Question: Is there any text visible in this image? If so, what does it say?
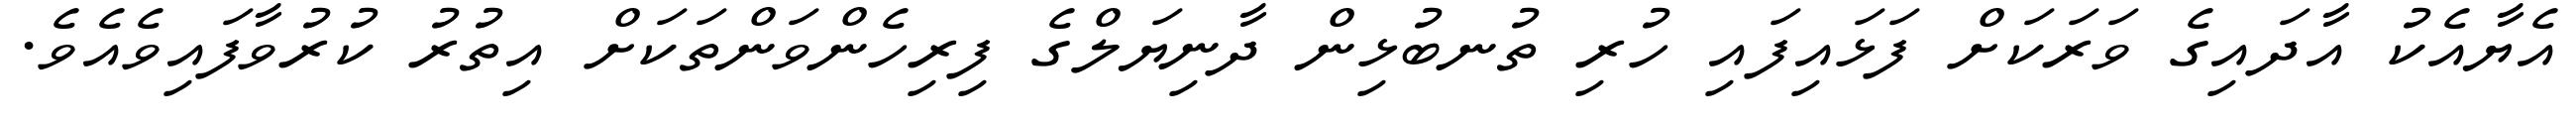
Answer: އެޔާއެކު އާދައިގެ ވަރަކަށް ފަޅައިފައި ހުރި ތުނބުޅިން ދާނިޔަލްގެ ފިރިހެންވަންތަކަށް އިތުރު ކުރުވާފައިވެއެވެ.